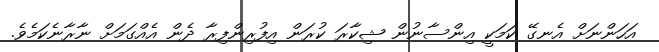
އަހަންނަށް އެނގޭ ކަމަކީ އިންސާނުން ޝިކާރަ ކުރަން އިފުރިންފިރާ ދެން އެއްގަމަށް ނާރާނެކަމެވެ.